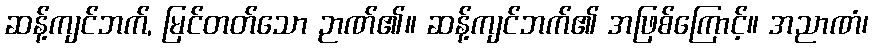
ဆန့်ကျင်ဘက်, မြင်တတ်သော ဉာဏ်၏။ ဆန့်ကျင်ဘက်၏ အဖြစ်ကြောင့်။ အညာဏံ၊